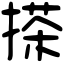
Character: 搽